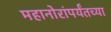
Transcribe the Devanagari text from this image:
महानोरांपर्यंतच्या